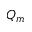
Q _ { m }